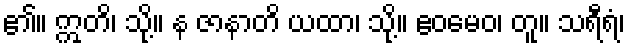
၏။ ဣတိ၊ သို့။ န ဇာနာတိ ယထာ၊ သို့။ ဧဝမေဝ၊ တူ။ သရီရံ၊